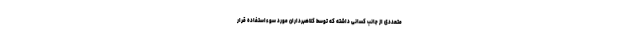
متعددی از جانب کسانی داشته که توسط کلاهبرداران مورد سوءاستفاده قرار